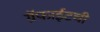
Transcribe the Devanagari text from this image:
ग्रॅफाईटची